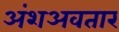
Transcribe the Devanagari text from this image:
अंशअवतार